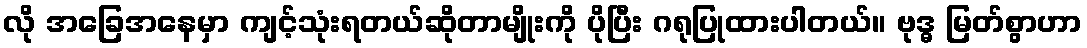
လို အခြေအနေမှာ ကျင့်သုံးရတယ်ဆိုတာမျိုးကို ပိုပြီး ဂရုပြုထားပါတယ်။ ဗုဒ္ဓ မြတ်စွာဟာ